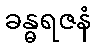
ခန္ဓရဇနံ